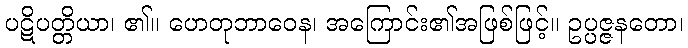
ပဋိပတ္တိယာ၊ ၏။ ဟေတုဘာဝေန၊ အကြောင်း၏အဖြစ်ဖြင့်။ ဥပ္ပဇ္ဇနတော၊